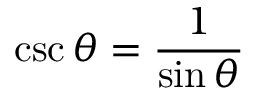
\csc \theta = { \frac { 1 } { \sin \theta } }